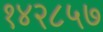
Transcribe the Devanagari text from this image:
१४२८५७